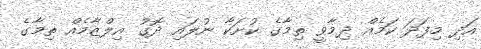
އަދި މިފަދަ ކަމެއް ދިމާވީ ތިމާގެ ކުށަކާ ނުލައި ދޮގު އިލްޒާމެއް ތިމާގެ